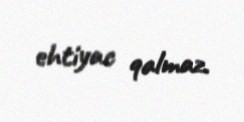
ehtiyac qalmaz.